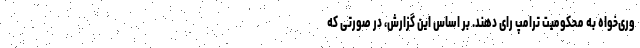
وری‌خواه به محکومیت ترامپ رأی دهند. بر اساس این گزارش، در صورتی که